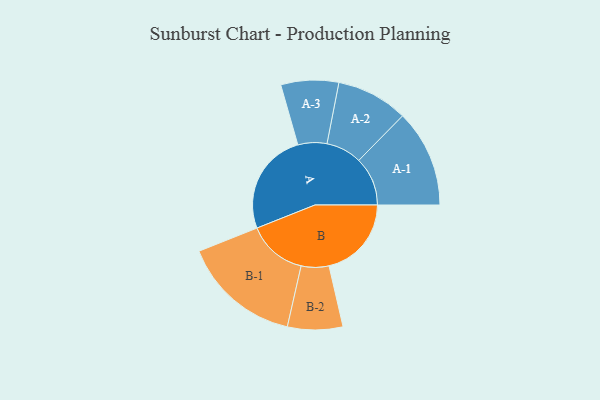
{"axis": {"x": "Segment", "y": "Value"}, "legend": ["", "A", "B"], "data": [{"x": "A", "y": 490, "type": ""}, {"x": "B", "y": 394, "type": ""}, {"x": "A-1", "y": 233, "type": "A"}, {"x": "A-2", "y": 171, "type": "A"}, {"x": "A-3", "y": 138, "type": "A"}, {"x": "B-1", "y": 284, "type": "B"}, {"x": "B-2", "y": 132, "type": "B"}]}